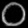
Digit: ၀